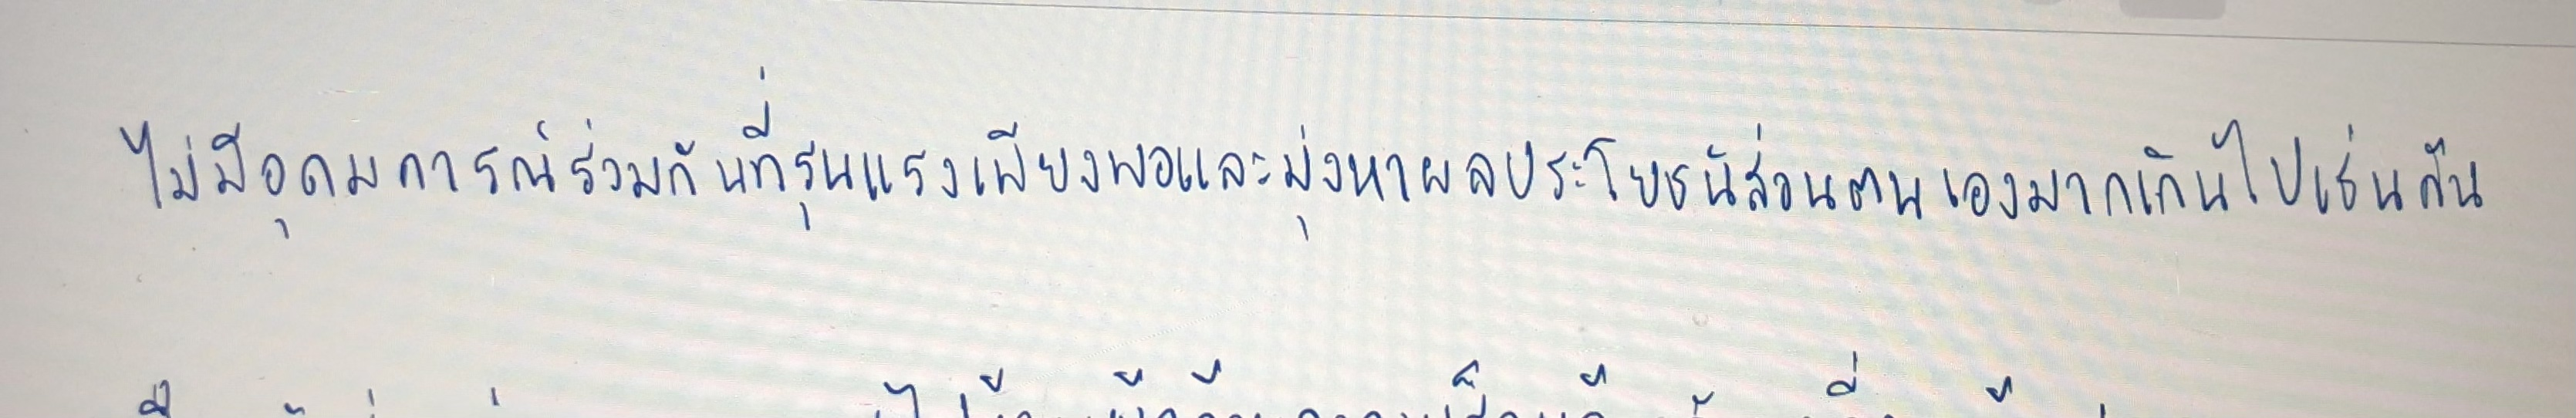
ไม่มีอุดมการณ์ร่วมกันที่รุนแรงเพียงพอและมุ่งหาผลประโยชน์ส่วนตนเองมากเกินไปเช่นกัน